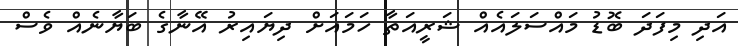
އަދި މިފަދަ ބޮޑު މައްސަލައެއް ޝަރީއަތާ ހަމައަށް ދިޔައިރު އޭނާގެ ބަޔާނެއް ވެސް